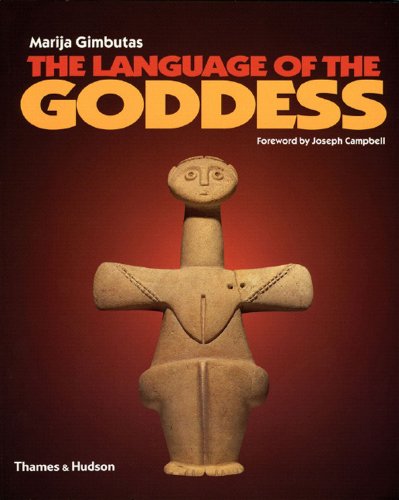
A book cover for The Language of the Goddess; Marija Gimbutas; Religion & Spirituality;